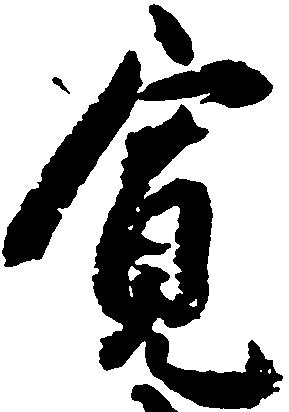
寛